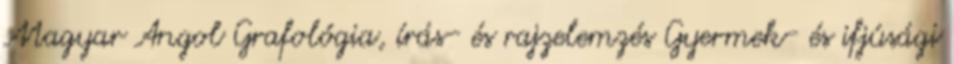
Magyar Angol Grafológia, írás- és rajzelemzés Gyermek- és ifjúsági